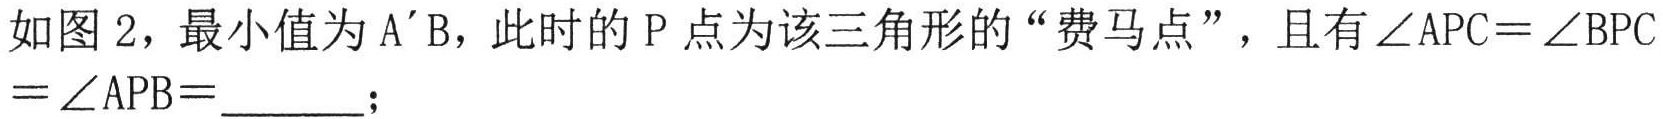
如图 2，最小值为 A’B，此时的 P 点为该三角形的“费马点”，且有\(\angle APC = \angle BPC=\angle APB = \underline{\quad\quad}\);